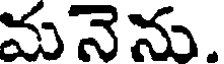
మనెను.